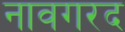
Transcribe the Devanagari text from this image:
नावगरद